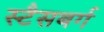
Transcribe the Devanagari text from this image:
स्टैसबर्ग